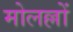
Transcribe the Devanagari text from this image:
मोलल्लों